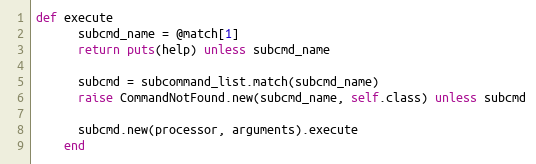
Language: Ruby
def execute
      subcmd_name = @match[1]
      return puts(help) unless subcmd_name

      subcmd = subcommand_list.match(subcmd_name)
      raise CommandNotFound.new(subcmd_name, self.class) unless subcmd

      subcmd.new(processor, arguments).execute
    end